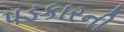
પડકારની